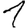
Digit: 1